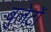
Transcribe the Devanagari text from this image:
बुलेटों